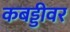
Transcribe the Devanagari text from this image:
कबड्डीवर